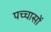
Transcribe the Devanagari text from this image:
पच्चासों